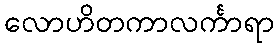
လောဟိတကာလင်္ကာရာ